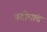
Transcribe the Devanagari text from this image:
पदीमांत